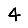
Digit: 4